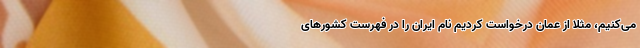
می‌کنیم، مثلا از عمان درخواست کردیم نام ایران را در فهرست کشورهای